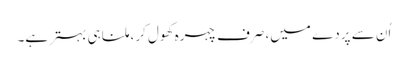
اُن سے پردے میں، صرف چہرہ کھول کر، ملنا ہی بہتر ہے۔